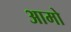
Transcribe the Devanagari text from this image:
आमो